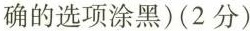
确的选项涂黑)(2分)